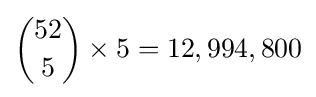
{52 \choose 5}\times 5=12,994,800